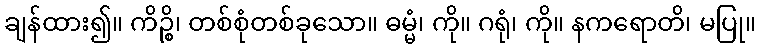
ချန်ထား၍။ ကိဉ္စိ၊ တစ်စုံတစ်ခုသော။ ဓမ္မံ၊ ကို။ ဂရုံ၊ ကို။ နကရောတိ၊ မပြု။